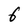
Character: 6